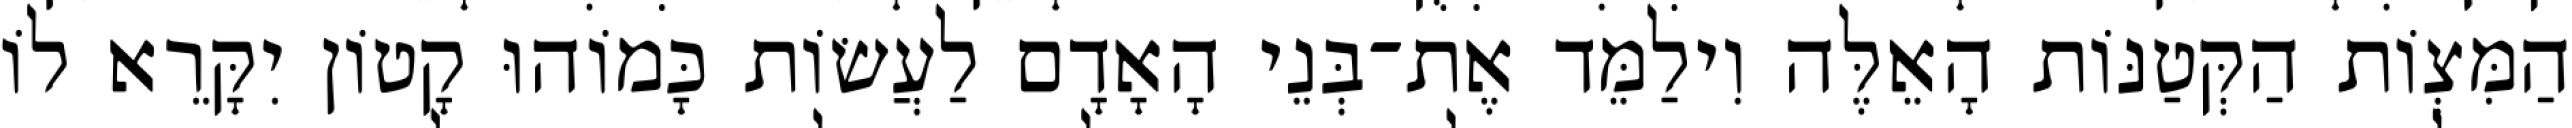
הַמִּצְוֹת הַקְּטַנּוֹת הָאֵלֶּה וִילַמֵּד אֶת־בְּנֵי הָאָדָם לַעֲשׂוֹת כָּמוֹהוּ קָטוֹן יִקָּרֵא לוֹ